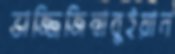
ভাজ্জিজিম্বাবুইয়ান